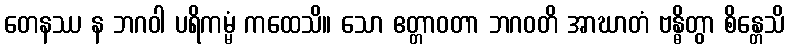
တေနဿ န ဘဂဝါ ပရိကမ္မံ ကထေသိ။ သော ဧတ္တာဝတာ ဘဂဝတိ အာဃာတံ ဗန္ဓိတွာ စိန္တေသိ